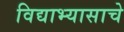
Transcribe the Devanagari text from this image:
विद्याभ्यासाचे